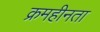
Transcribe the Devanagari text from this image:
क्रमहीनता